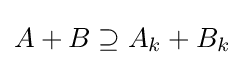
{\textstyle A+B\supseteq A_{k}+B_{k}}